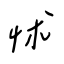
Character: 怵